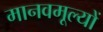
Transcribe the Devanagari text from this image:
मानवमूल्यों